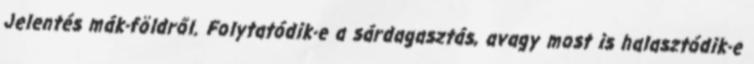
Jelentés mák-földről. Folytatódik-e a sárdagasztás, avagy most is halasztódik-e